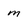
Character: m